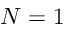
N = 1